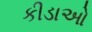
કીડાઓ